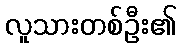
လူသားတစ်ဦး၏